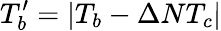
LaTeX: T_{b}^{\prime}=\vert T_{b}-\Delta NT_{c}\vert